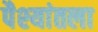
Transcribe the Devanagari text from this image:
पैश्‍यांतला